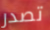
تصدر